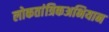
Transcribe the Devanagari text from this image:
लोकतांत्रिकअभियान